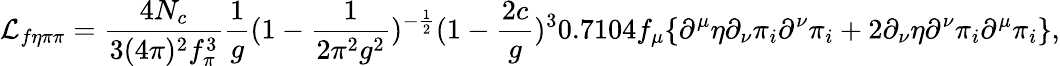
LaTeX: {\cal L}_{f\eta\pi\pi}=\frac{4N_{c}}{3(4\pi)^{2}f_{\pi}^{3}}{\frac{1}{g}}(1-{\frac{1}{2\pi^{2}g^{2}}})^{-{\frac{1}{2}}}(1-{\frac{2c}{g}})^{3}0.7104f_{\mu}\{ \partial^{\mu}\eta\partial_{\nu}\pi_{i}\partial^{\nu}\pi_{i}+2\partial_{\nu}\eta\partial^{\nu}\pi_{i}\partial^{\mu}\pi_{i}\} ,